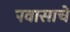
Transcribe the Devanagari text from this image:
पवासाचे